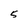
Character: 5